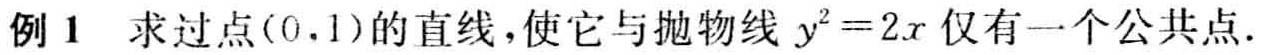
例 1 求过点\((0,1)\)的直线，使它与抛物线\(y^{2}=2x\)仅有一个公共点.